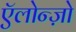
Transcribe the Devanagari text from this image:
ऍलोन्ज़ो